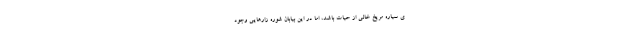
ی سیاره مریخ خالی از حیات باشد، اما در این بیابان شوره زارهایی وجود